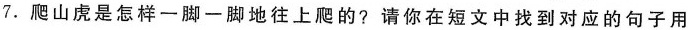
7. 爬山虎是怎样一脚一脚地往上爬的?请你在短文中找到对应的句子用